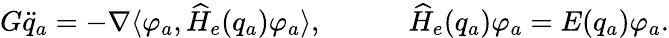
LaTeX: \begin{array}{r}{G\ddot{{q}}_{a}=-\nabla\langle\varphi_{a},\widehat H_{e}({{q}}_{a})\varphi_{a}\rangle,\qquad\quad\widehat H_{e}({{q}}_{a})\varphi_{a}=E({{q}}_{a})\varphi_{a}.}\end{array}